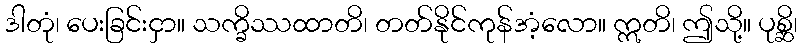
ဒါတုံ၊ ပေးခြင်းငှာ။ သက္ခိဿထာတိ၊ တတ်နိုင်ကုန်အံ့လော။ ဣတိ၊ ဤသို့။ ပုစ္ဆိ၊